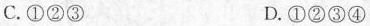
C.①②③ D.①②③④